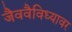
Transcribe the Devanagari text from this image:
जैववैविध्यावर